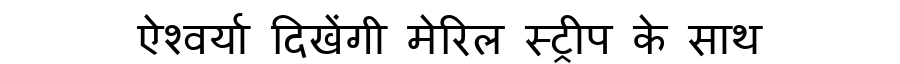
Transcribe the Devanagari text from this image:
ऐश्वर्या दिखेंगी मेरिल स्ट्रीप के साथ